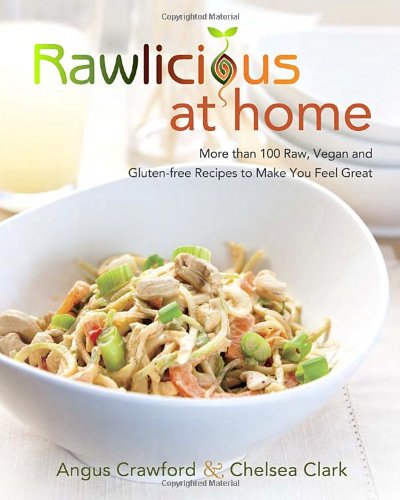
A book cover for Rawlicious at Home: More Than 100 Raw, Vegan and Gluten-free Recipes to Make You Feel Great; Angus Crawford; Cookbooks, Food & Wine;